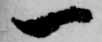
一